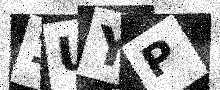
Text: 1UYP